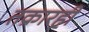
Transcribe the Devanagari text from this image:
तक्रारही